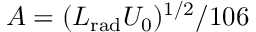
A = ( L _ { \mathrm { r a d } } U _ { 0 } ) ^ { 1 / 2 } / 1 0 6